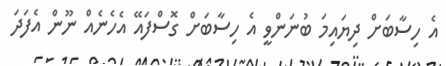
އެ ހިސާބަށް ދިޔައިމަ ބުނަންވީ އެ ހިސާބަށް ގޮސްފައޭ އެހެނެއް ނޫން އެފަދަ